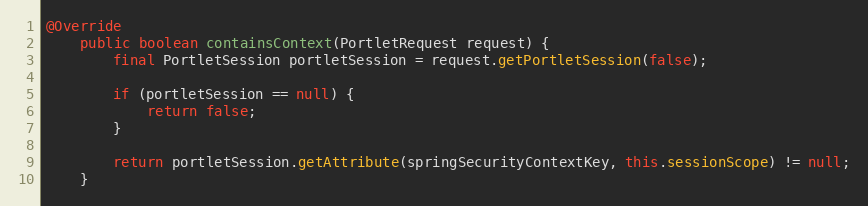
Language: Java
@Override
    public boolean containsContext(PortletRequest request) {
        final PortletSession portletSession = request.getPortletSession(false);

        if (portletSession == null) {
            return false;
        }

        return portletSession.getAttribute(springSecurityContextKey, this.sessionScope) != null;
    }